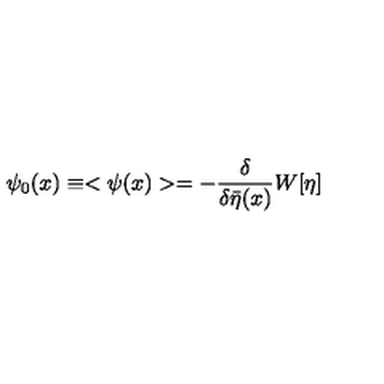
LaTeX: \psi _ { 0 } ( x ) \equiv < \psi ( x ) > = - \frac { \delta } { \delta \bar { \eta } ( x ) } W [ \eta ]